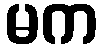
မက